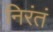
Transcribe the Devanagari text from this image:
निरंतं